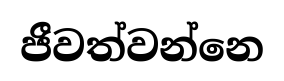
ජීවත්වන්නෙ